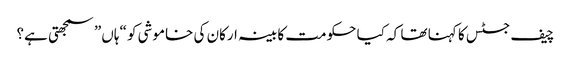
چیف جسٹس کا کہنا تھا کہ کیا حکومت کابینہ ارکان کی خاموشی کو “ہاں” سمجھتی ہے؟